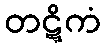
တဋ္ဋိကံ